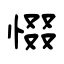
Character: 惙